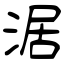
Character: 涺